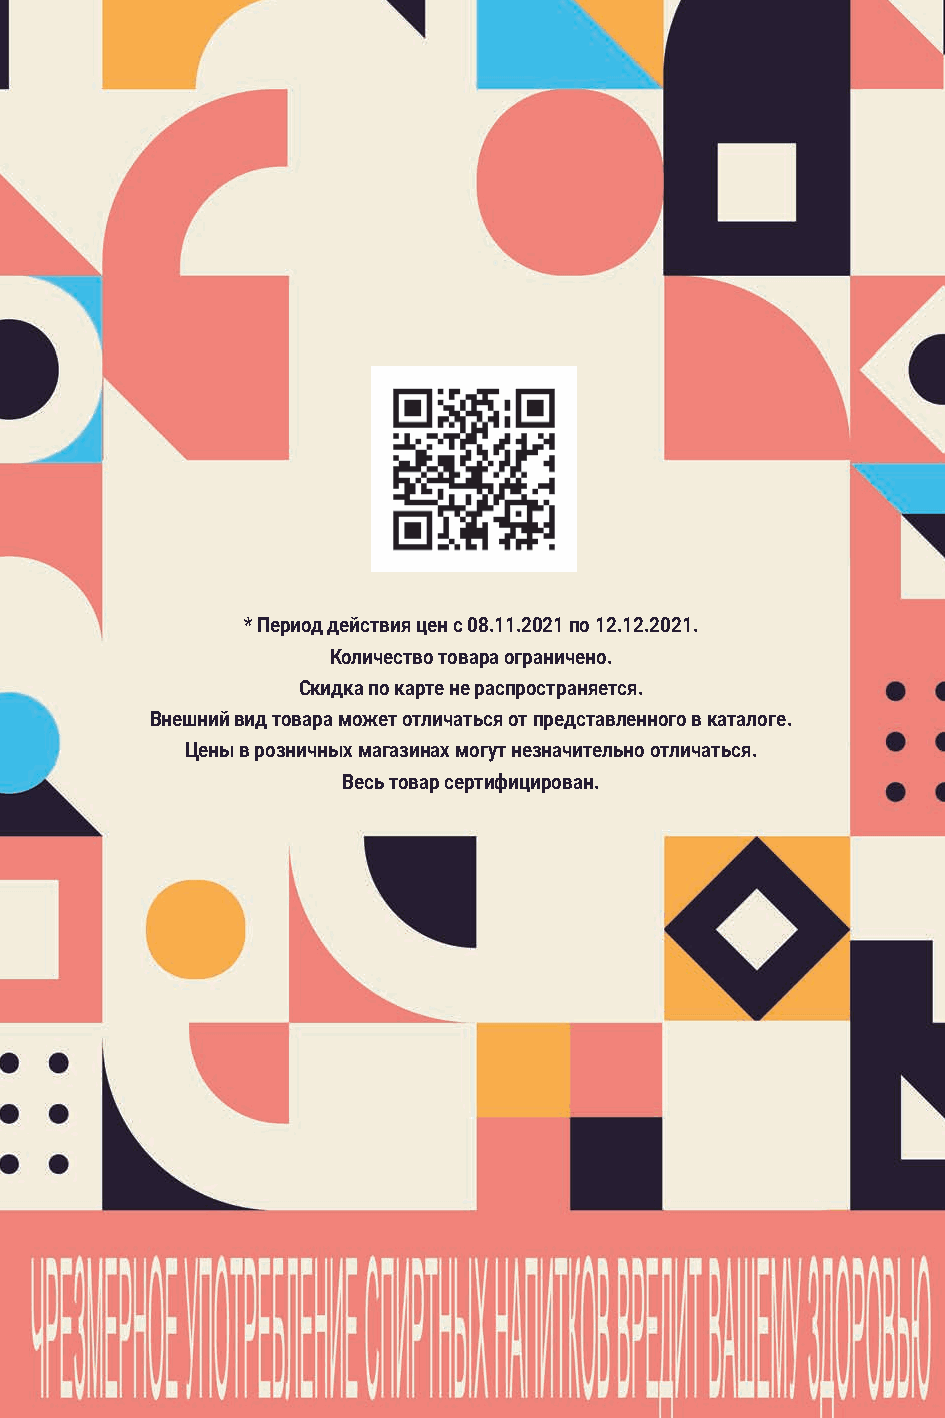
* Период действия цен с 08.11.2021 по 12.12.2021.
 Количество товара ограничено.
 Скидка по карте не распространяется.
 Внешний вид товара может отличаться от представленного в каталоге.
 Цены в розничных магазинах могут незначительно отличаться.
 Весь товар сертифицирован.